Cholera in India, 1862 to 1881
Year: 1862
Disease focus: Cholera
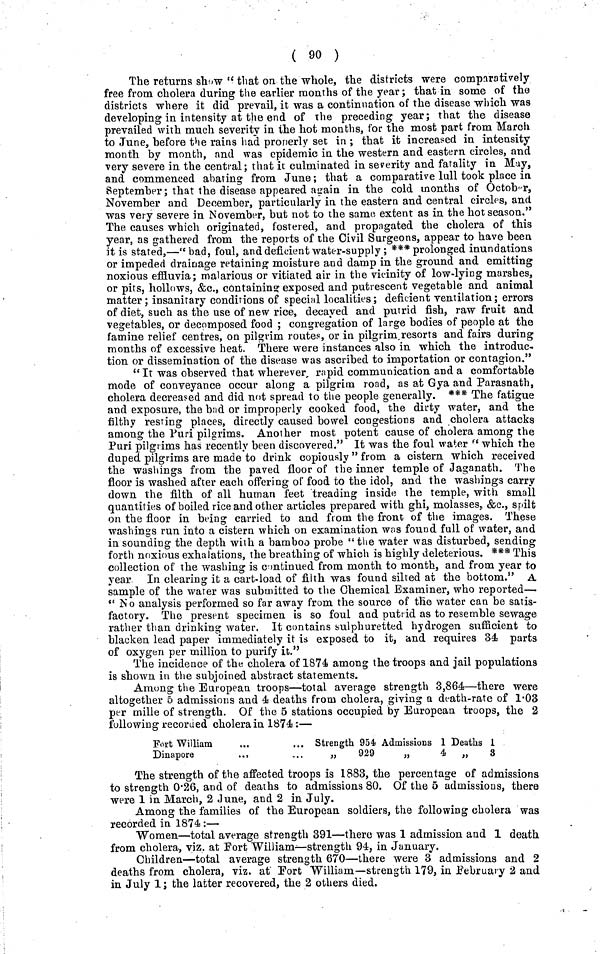
( 90 )
The returns show " that on the whole, the districts were comparatively
free from cholera during the earlier months of the year; that in some of the
districts where it did prevail, it was a continuation of the disease which was
developing in intensity at the end of the preceding year; that the disease
prevailed with much severity in the hot months, for the most part from March
to June, before the rains had properly set in ; that it increased in intensity
month by month, and was epidemic in the western and eastern circles, and
very severe in the central; that it culminated in severity and fatality in May,
and commenced abating from June; that a comparative lull took place in
September; that the disease appeared again in the cold months of October,
November and December, particularly in the eastern and central circles, and
was very severe in November, but not to the same extent as in the hot season."
The causes which originated, fostered, and propagated the cholera of this
year, as gathered from the reports of the Civil Surgeons, appear to have been
it is stated,—"bad, foul, and deficient water-supply; *** prolonged inundations
or impeded drainage retaining moisture and damp in the ground and emitting
noxious effluvia; malarious or vitiated air in the vicinity of low-lying marshes,
or pits, hollows, &c., containing exposed and putrescent vegetable and animal
matter; insanitary conditions of special localities; deficient ventilation; errors
of diet, such as the use of new rice, decaved and putrid fish, raw fruit and
vegetables, or decomposed food ; congregation of large bodies of people at the
famine relief centres, on pilgrim routes, or in pilgrim resorts and fairs during
months of excessive heat. There were instances also in which the introduc-
tion or dissemination of the disease was ascribed to importation or contagion."
" It was observed that wherever, rapid communication and a comfortable
mode of conveyance occur along a pilgrim road, as at Gya and Parasnath,
cholera decreased and did not spread to the people generally. *** The fatigue
and exposure, the bad or improperly cooked food, the dirty water, and the
filthy resting places, directly caused bowel congestions and cholera attacks
among the Puri pilgrims. Another most potent cause of cholera among the
Puri pilgrims has recently been discovered." It was the foul water " which the
duped pilgrims are made to drink copiously " from a cistern which received
the washings from the paved floor of the inner temple of Jaganath. The
floor is washed after each offering of food to the idol, and the washings carry
down the filth of all human feet treading inside the temple, with small
quantities of boiled rice and other articles prepared with ghi, molasses., &c., spilt
on the floor in being carried to and from the front of the images. These
washings run into a cistern which on examination was found full of water, and
in sounding the depth with a bamboo probe " the water was disturbed, sending
forth noxious exhalations, the breathing of which is highly deleterious. *** This
collection of the washing is continued from month to month, and from year to
year. In clearing it a cart-load of filth was found silted at the bottom." A
sample of the wafer was submitted to the Chemical Examiner, who reported—•
" No analysis performed so far away from the source of the water can be satis-
factory. The present specimen is so foul and putrid as to resemble sewage
rather than drinking water. It contains sulphuretted hydrogen sufficient to
blacken lead paper immediately it is exposed to it, and requires 34 parts
of oxygen per million to purify it."
The incidence of the cholera of 1874 among the troops and jail populations
is shown in the subjoined abstract statements.
Among the European troops—total average strength 3,864—there were
altogether 5 admissions and 4 deaths from cholera, giving a death-rate of 1.03
per mille of strength. Of the 5 stations occupied by European troops, the 2
following recorded cholera in 1874:—
Fort William
Dinapore
..,
Strength 954
„
929
Admissions 1
,,4
Deaths 1
,,3
The strength of the affected troops is 1883, the percentage of admissions
to strength 0.26, and of deaths to admissions 80. Of the 5 admissions, there
were 1 in March, 2 June, and 2 in July.
Among the families of the European soldiers, the following cholera was
recorded in 1874:—
Women—total average strength 391—there was 1 admission and 1 death
from cholera, viz. at Fort William—strength 94, in January.
Children—total average strength 670—there were 3 admissions and 2
deaths from cholera, viz, at Fort William—strength 179, in .February 2 and
in July 1; the latter recovered, the 2 others died.